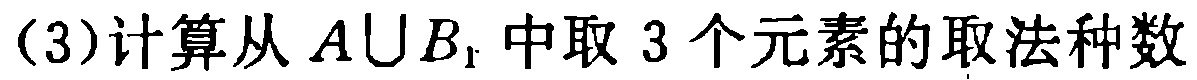
(3)计算从 \(A\cup B_{1}\) 中取 3 个元素的取法种数